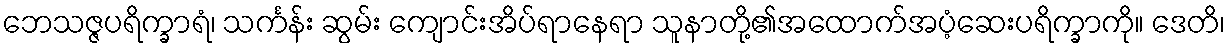
ဘေသဇ္ဇပရိက္ခာရံ၊ သင်္ကန်း ဆွမ်း ကျောင်းအိပ်ရာနေရာ သူနာတို့၏အထောက်အပံ့ဆေးပရိက္ခာကို။ ဒေတိ၊